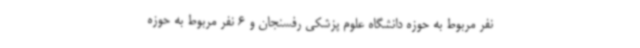
نفر مربوط به حوزه دانشگاه علوم پزشکی رفسنجان و 6 نفر مربوط به حوزه